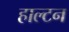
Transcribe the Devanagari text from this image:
हाल्टन